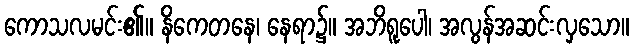
ကောသလမင်း၏။ နိကေတနေ၊ နေရာ၌။ အဘိရူပေါ၊ အလွန်အဆင်းလှသော။